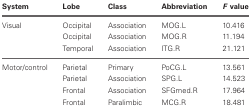
| System | Lobe | Class | Abbreviation | F value |
 | --- | --- | --- | --- | --- |
 | Visual | Occipital | Association | MOG.L | 10.416 |
 |  | Occipital | Association | MOG.R | 11.194 |
 |  | Temporal | Association | ITG.R | 21.121 |
 | Motor/control | Parietal | Primary | PoCG.L | 13.561 |
 |  | Parietal | Association | SPG.L | 14.523 |
 |  | Frontal | Association | SFGmed.R | 17.964 |
 |  | Frontal | Paralimbic | MCG.R | 18.481 |